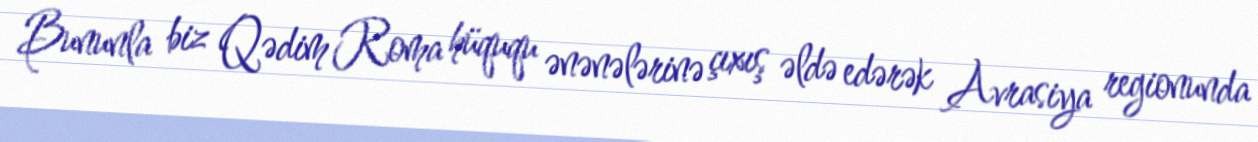
Bununla biz Qədim Roma hüququ ənənələrinə çıxış əldə edərək Avrasiya regionunda